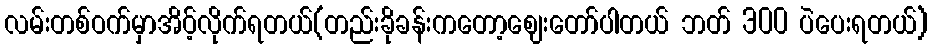
လမ်းတစ်ဝက်မှာအိပ့်လိုက်ရတယ်(တည်းခိုခန်းကတော့ဈေးတော်ပါတယ် ဘတ် 300 ပဲပေးရတယ်)